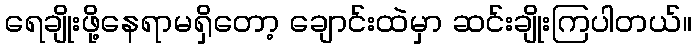
ရေချိုးဖို့နေရာမရှိတော့ ချောင်းထဲမှာ ဆင်းချိုးကြပါတယ်။